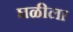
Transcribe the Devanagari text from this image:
घळीला